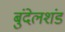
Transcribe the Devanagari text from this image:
बुंदेलशंड